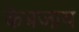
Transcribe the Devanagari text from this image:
केबजाय